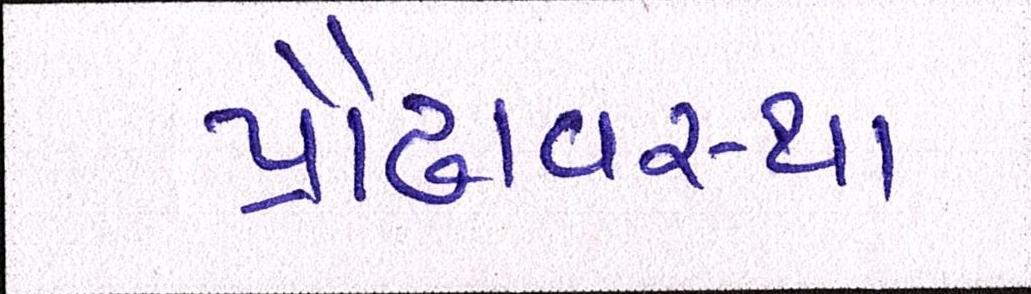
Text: પ્રૌઢાવસ્થા